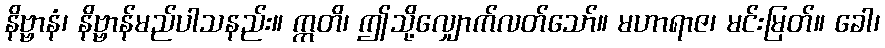
နိဗ္ဗာနံ၊ နိဗ္ဗာန်မည်ပါသနည်း။ ဣတိ၊ ဤသို့လျှောက်လတ်သော်။ မဟာရာဇ၊ မင်းမြတ်။ ခေါ၊